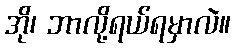
အို၊ ဘာလို့ရယ်ရမှာလဲ။